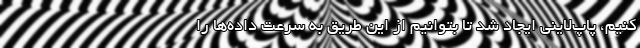
کنیم، پاپ‌لاینی ایجاد شد تا بتوانیم از این طریق به سرعت داده‌ها را